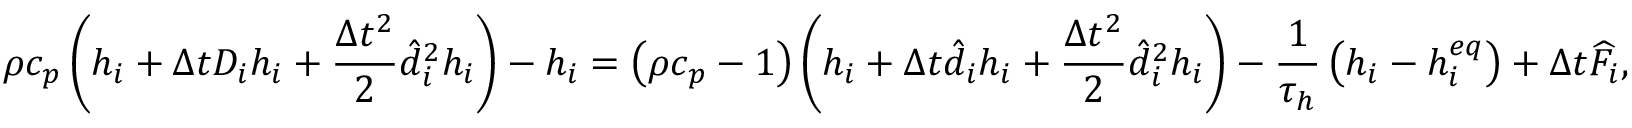
\rho { c _ { p } } \left( { { h _ { i } } + \Delta t { D _ { i } } { h _ { i } } + \frac { { \Delta { t ^ { 2 } } } } { 2 } \hat { d } _ { i } ^ { 2 } { h _ { i } } } \right) - { h _ { i } } = \left( { \rho { c _ { p } } - 1 } \right) \left( { { h _ { i } } + \Delta t { { \hat { d } } _ { i } } { h _ { i } } + \frac { { \Delta { t ^ { 2 } } } } { 2 } \hat { d } _ { i } ^ { 2 } { h _ { i } } } \right) - \frac { 1 } { { { \tau _ { h } } } } \left( { { h _ { i } } - h _ { i } ^ { e q } } \right) + \Delta t { \widehat F _ { i } } ,